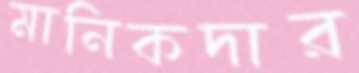
মানিকদার